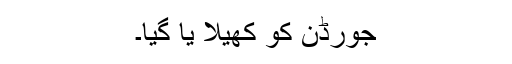
جورڈن کو کھیلا یا گیا۔